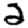
Digit: 2